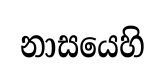
නාසයෙහි